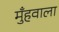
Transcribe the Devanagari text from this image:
मुँहवाला